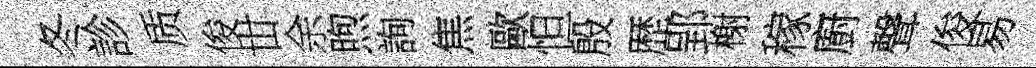
冬診质俊丗余煦詢焦歐怛殷歴郢榭稼廚聲俊易